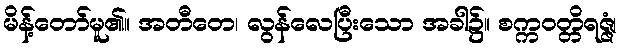
မိန့်တော်မူ၏။ အတီတေ၊ လွန်လေပြီးသော အခါ၌။ စက္ကဝတ္တိရဇ္ဇံ၊